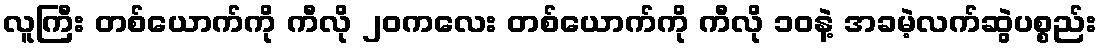
လူကြီး တစ်ယောက်ကို ကီလို ၂၀ကလေး တစ်ယောက်ကို ကီလို ၁၀နဲ့ အခမဲ့လက်ဆွဲပစ္စည်း